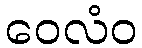
ဝေလံဝ